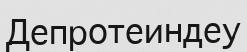
Депротеиндеу